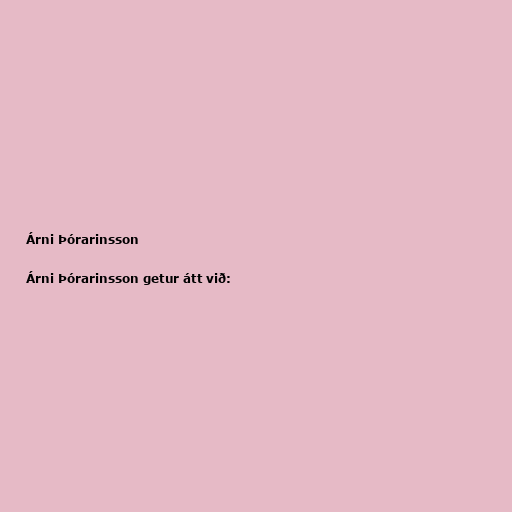
Árni Þórarinsson

Árni Þórarinsson getur átt við: